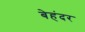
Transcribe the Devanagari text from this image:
बेहंदर